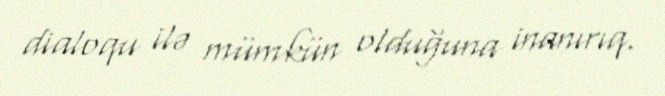
dialoqu ilə mümkün olduğuna inanırıq.